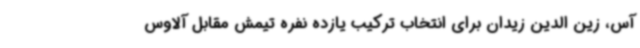
آس، زین الدین زیدان برای انتخاب ترکیب یازده نفره تیمش مقابل آلاوس